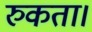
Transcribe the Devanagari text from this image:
रुकता।